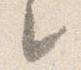
之